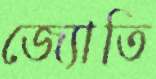
জ্যোতি